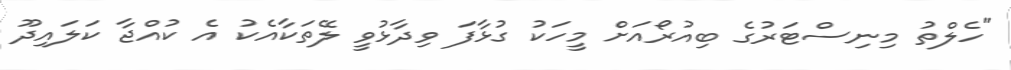
"ހެލްތު މިނިސްޓަރުގެ ބިއުރޯއަށް މީހަކު ގުޅާފަ ވިދާޅުވީ ލޭތަކާއެކު އެ ކުއްޖާ ކަލައިދޫ